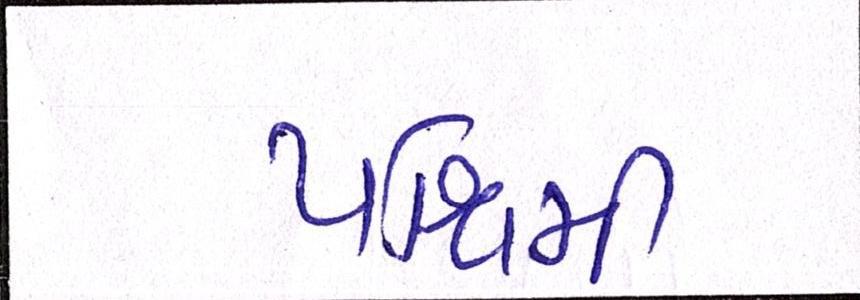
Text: પશ્ચિમી